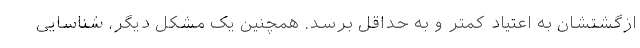
ازگشتشان به اعتیاد کمتر و به حداقل برسد. همچنین یک مشکل دیگر، شناسایی